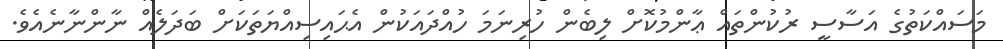
މަސައްކަތުގެ އަސާސީ ރުކުންތައް ޢާންމުކޮށް ލިބެން ހުރިނަމަ ހުއްދައަކުން އެޙައިސިއްޔަތަކަށް ބަދަލެއް ނާންނާނެއެވެ.